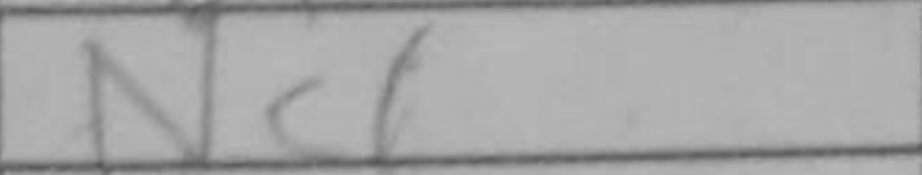
Transcription: Nc1